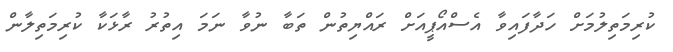
ކުރިމަތިލުމަށް ހަދާފައިވާ އެސްއޯޕީއަށް ރައްޔިތުން ތަބާ ނުވާ ނަމަ އިތުރު ރާޅަކާ ކުރިމަތިލާން